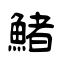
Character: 鯺